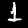
Label: 1